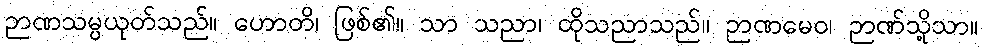
ဉာဏသမ္ပယုတ်သည်။ ဟောတိ၊ ဖြစ်၏။ သာ သညာ၊ ထိုသညာသည်။ ဉာဏမေဝ၊ ဉာဏ်သို့သာ။